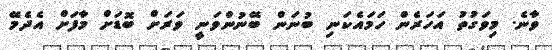
ވާނެ. މިވަގުތު އަހަރެން ހަމައެކަނި ބުނަން ބޭނުންވަނީ ވަރަށް ބޮޑަށް މާފަށް އެެދެމޭ